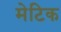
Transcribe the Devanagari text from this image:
मेटिक